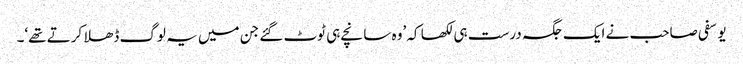
یوسفی صاحب نے ایک جگہ درست ہی لکھا کہ ’وہ سانچے ہی ٹوٹ گئے جن میں یہ لوگ ڈھلا کرتے تھے‘۔